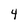
Character: 4